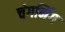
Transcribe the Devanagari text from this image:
चंगनिंग